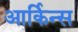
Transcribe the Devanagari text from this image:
आर्किन्स